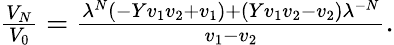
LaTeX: \begin{array}{r}{\frac{V_{N}}{V_{0}}=\frac{\lambda^{N}\left(-Yv_{1}v_{2}+v_{1}\right)+\left(Yv_{1}v_{2}-v_{2}\right)\lambda^{-N}}{v_{1}-v_{2}}.}\end{array}